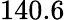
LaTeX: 140.6